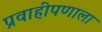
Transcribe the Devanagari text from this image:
प्रवाहीपणाला